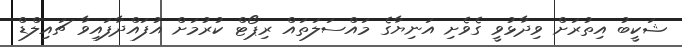
ޝަކީބު އިތުރަށް ވިދާޅުވީ ގެވެށި އަނިޔާގެ މައްސަލަތައް ރިޕޯޓް ކުރުމަށް އުފައްދާފައިވާ ޗައިލްޑް